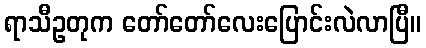
ရာသီဥတုက တော်တော်လေးပြောင်းလဲလာပြီ။